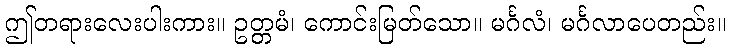
ဤတရားလေးပါးကား။ ဥတ္တမံ၊ ကောင်းမြတ်သော။ မင်္ဂလံ၊ မင်္ဂလာပေတည်း။